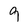
Character: 9